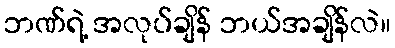
ဘဏ်ရဲ့ အလုပ်ချိန် ဘယ်အချိန်လဲ။